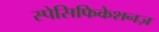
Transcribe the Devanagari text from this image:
स्पेसिफिकेशनज़